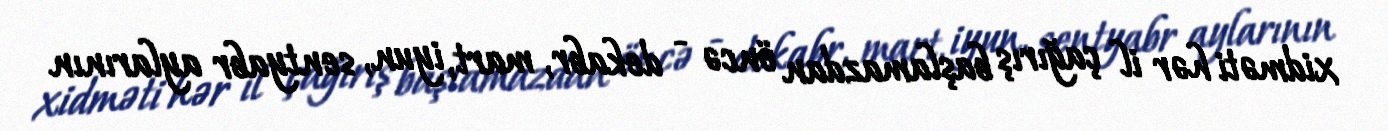
xidməti hər il çağırış başlamazdan öncə - dekabr, mart, iyun, sentyabr aylarının